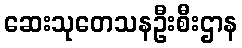
ဆေးသုတေသနဦးစီးဌာန